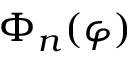
\Phi _ { n } ( \varphi )